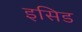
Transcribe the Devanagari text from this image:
इसिड